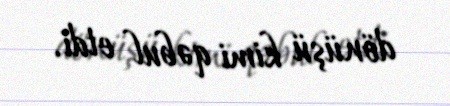
dönüşü kimi qəbul etdi.